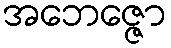
အဘေဇ္ဇော